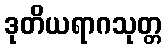
ဒုတိယရာဂသုတ္တ